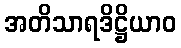
အတိသာရဒိဋ္ဌိယာဝ